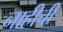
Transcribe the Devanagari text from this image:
नाहीची